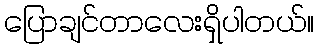
ပြောချင်တာလေးရှိပါတယ်။